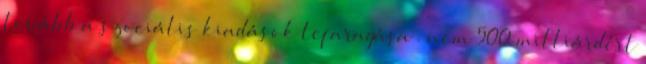
tovább a szociális kiadások lefaragása . nem 500 milliárdért